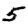
Digit: 5